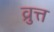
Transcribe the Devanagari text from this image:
व्रुत्त